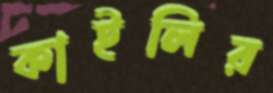
কাইলির